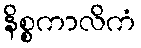
နိစ္စကာလိကံ